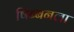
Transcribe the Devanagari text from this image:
षिब्बनला